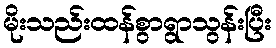
မိုးသည်းထန်စွာရွာသွန်းပြီး